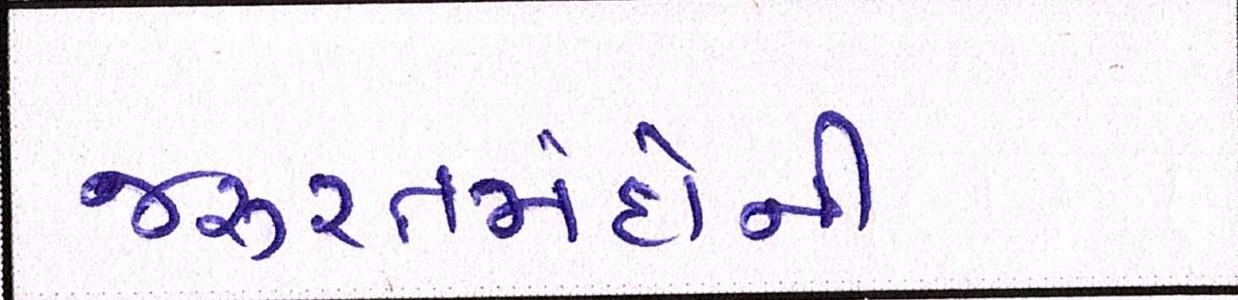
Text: જરૂરતમંદોની